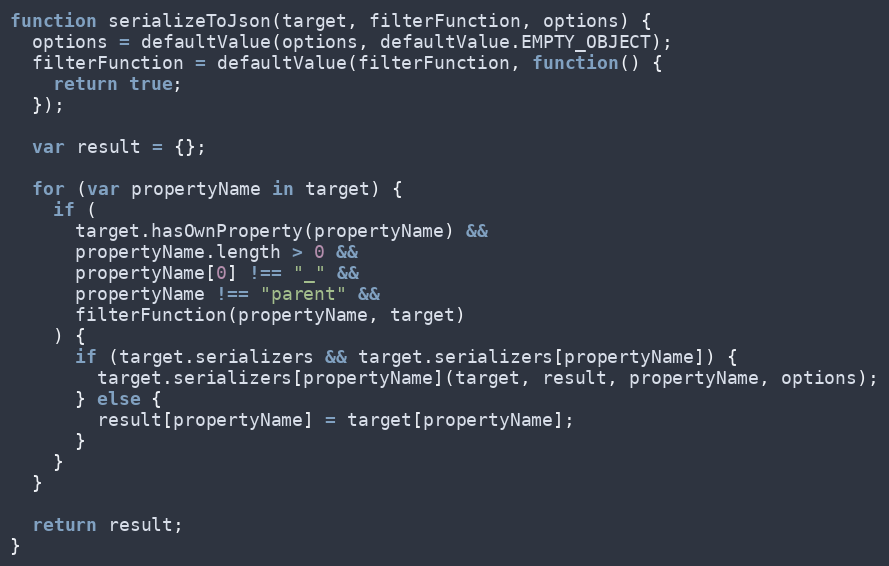
Language: JavaScript
function serializeToJson(target, filterFunction, options) {
  options = defaultValue(options, defaultValue.EMPTY_OBJECT);
  filterFunction = defaultValue(filterFunction, function() {
    return true;
  });

  var result = {};

  for (var propertyName in target) {
    if (
      target.hasOwnProperty(propertyName) &&
      propertyName.length > 0 &&
      propertyName[0] !== "_" &&
      propertyName !== "parent" &&
      filterFunction(propertyName, target)
    ) {
      if (target.serializers && target.serializers[propertyName]) {
        target.serializers[propertyName](target, result, propertyName, options);
      } else {
        result[propertyName] = target[propertyName];
      }
    }
  }

  return result;
}